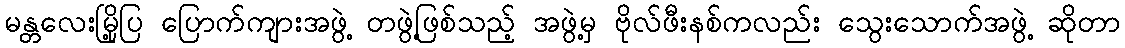
မန္တလေးမြို့ပြ ပြောက်ကျားအဖွဲ့ တဖွဲ့ဖြစ်သည့် အဖွဲ့မှ ဗိုလ်ဖီးနစ်ကလည်း သွေးသောက်အဖွဲ့ ဆိုတာ